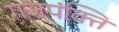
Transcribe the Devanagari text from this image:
गजपंक्ति